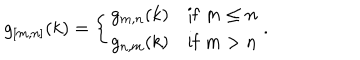
g _ { [ m , n ] } ( k ) = \left\{ \begin{array} { l l } { { g _ { m , n } ( k ) } } & { { \mathrm { i f } \; m \leq n } } \\ { { g _ { n , m } ( k ) } } & { { \mathrm { i f } \; m > n } } \\ \end{array} \right. .